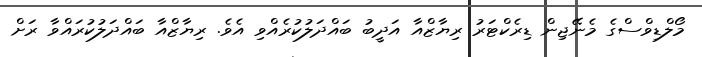
މޯލްޑިވްސްގެ މެނޭޖިން ޑިރެކްޓަރު ރިޔާޒްއާ އަދީބު ބައްދަލުކުރެއްވި އެވެ. ރިޔާޒްއާ ބައްދަލުކުރައްވާ ރަށް